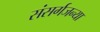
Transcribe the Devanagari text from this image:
संसर्गजन्या